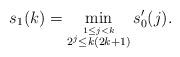
LaTeX: \begin{align*}s_1(k) = \min_{\stackrel{1 \leq j < k}{ 2^j \leq k(2k+1) }} s'_0(j).\end{align*}